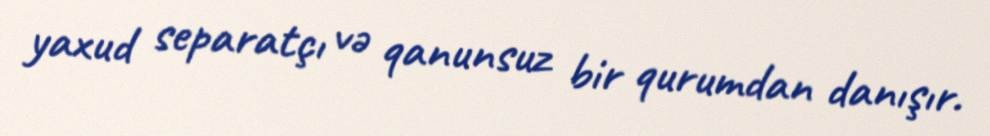
yaxud separatçı və qanunsuz bir qurumdan danışır.